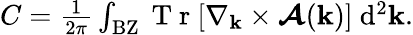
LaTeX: \begin{array}{r}{C=\frac{1}{2\pi}\int_{\mathrm{BZ}}\mathrm{~T~r~}[\nabla_{\mathbf{k}}\times\boldsymbol{\mathcal{A}}(\mathbf{k})]\ \mathrm{d}^{2}{\mathbf k}.}\end{array}